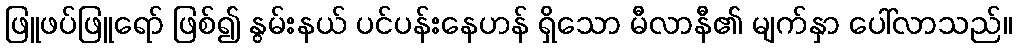
ဖြူဖပ်ဖြူရော် ဖြစ်၍ နွမ်းနယ် ပင်ပန်းနေဟန် ရှိသော မီလာနီ၏ မျက်နှာ ပေါ်လာသည်။